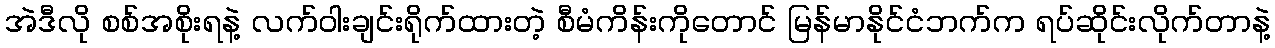
အဲဒီလို စစ်အစိုးရနဲ့ လက်ဝါးချင်းရိုက်ထားတဲ့ စီမံကိန်းကိုတောင် မြန်မာနိုင်ငံဘက်က ရပ်ဆိုင်းလိုက်တာနဲ့